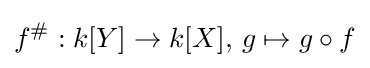
f^{\#}:k[Y]\to k[X],\,g\mapsto g\circ f